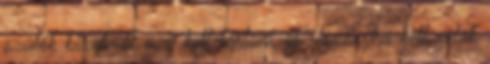
szülők bizalmát meg kell tartani, jó viszonyba kell velük